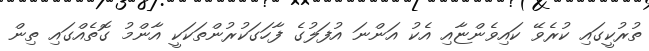
ތުރުކީގައި ކުރެވޭ ކައިވެންޏާއި އެކު އަންނަ އުފަލުގެ ފާހަގަކުރުންތަކަކީ އާންމު ގޮތެއްގައި ތިން